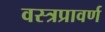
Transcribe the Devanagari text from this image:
वस्त्रप्रावर्ण